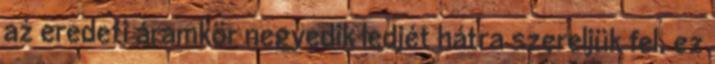
az eredeti áramkör negyedik ledjét hátra szereljük fel, ez